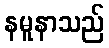
နမူနာသည်